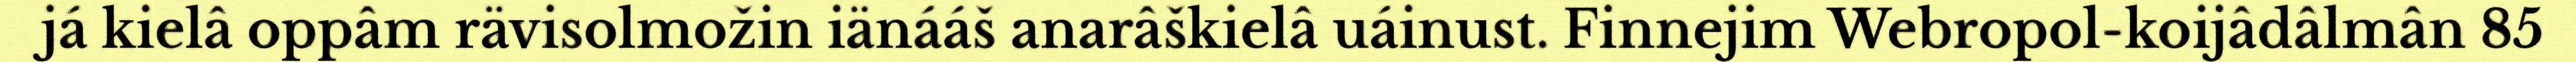
já kielâ oppâm rävisolmožin iänááš anarâškielâ uáinust. Finnejim Webropol-koijâdâlmân 85